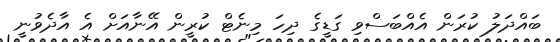
ބައްދަލު ކުރަން އެއްބަސްވި ގަޑީގެ ދިހަ މިނެޓް ކުރީން އޭނާއަށް އެ އާދެވުނީ